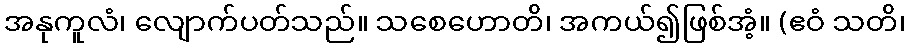
အနုကူလံ၊ လျောက်ပတ်သည်။ သစေဟောတိ၊ အကယ်၍ဖြစ်အံ့။ (ဧဝံ သတိ၊